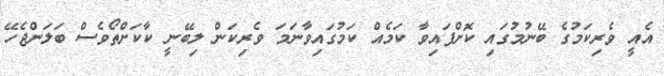
އެއީ ވެރިކަމުގެ ބޭނުމުގައި ކޮށްފައިވާ ކަމެއް ކަމުގައިވާނަމަ ވެރިކަން ލިބޭނީ ކާކަށްތޯވެސް ބަލަންޖެހޭ